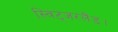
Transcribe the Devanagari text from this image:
स्विट्जरलैंड।